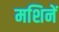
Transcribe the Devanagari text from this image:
मशिनें